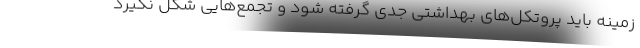
زمینه باید پروتکل‌های بهداشتی جدی گرفته شود و تجمع‌هایی شکل نگیرد